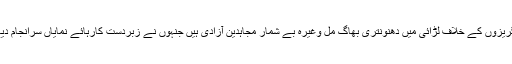
انگریزوں کے خلاف لڑائی میں دھنونتری بھاگ مل وغیرہ بے شمار مجاہدین آزادی ہیں جنہوں نے زبردست کارہائے نمایاں سرانجام دیے۔